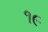
૧૯